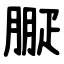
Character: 㽰